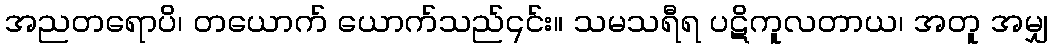
အညတရောပိ၊ တယောက် ယောက်သည်၎င်း။ သမသရီရ ပဋိကူလတာယ၊ အတူ အမျှ